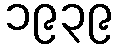
၁၉၃၉